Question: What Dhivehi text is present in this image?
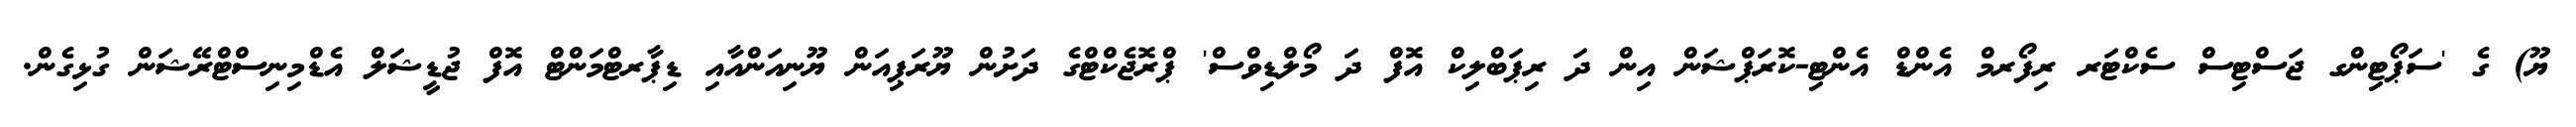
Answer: ޔޫ) ގެ 'ސަޕޯޓިންގ ޖަސްޓިސް ސެކްޓަރ ރިފޯރމް އެންޑް އެންޓި-ކޮރަޕްޝަން އިން ދަ ރިޕަބްލިކް އޮފް ދަ މޯލްޑިވްސް' ޕްރޮޖެކްޓްގެ ދަށުން ޔޫރަޕިއަން ޔޫނިއަންއާއި ޑިޕާރޓްމަންޓް އޮފް ޖުޑީޝަލް އެޑްމިނިސްޓްރޭޝަން ގުޅިގެން.